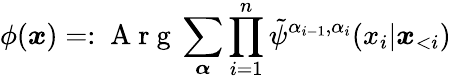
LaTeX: \phi(\boldsymbol x)=:\mathrm{~A~r~g~}\sum_{\boldsymbol{\alpha}}\prod_{i=1}^{n}\tilde{\psi}^{\alpha_{i-1},\alpha_{i}}(x_{i}|\boldsymbol x_{<i})